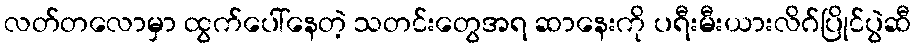
လတ်တလောမှာ ထွက်ပေါ်နေတဲ့ သတင်းတွေအရ ဆာနေးကို ပရီးမီးယားလိဂ်ပြိုင်ပွဲဆီ